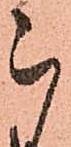
被